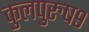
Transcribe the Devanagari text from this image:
कुलपुरुष९